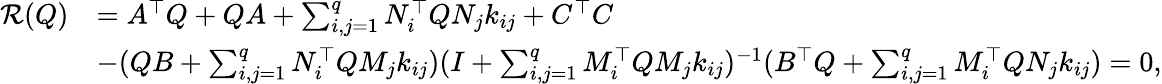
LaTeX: \begin{array}{rl}{\mathcal{R}(Q)}&{=A^{\top}Q+QA+\sum_{i,j=1}^{q}N_{i}^{\top}QN_{j}k_{ij}+C^{\top}C}\\ &{-(QB+\sum_{i,j=1}^{q}N_{i}^{\top}QM_{j}k_{ij})(I+\sum_{i,j=1}^{q}M_{i}^{\top}QM_{j}k_{ij})^{-1}(B^{\top}Q+\sum_{i,j=1}^{q}M_{i}^{\top}QN_{j}k_{ij})=0,}\end{array}